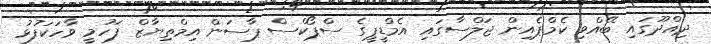
ދިއްދޫގައި ބޭއްވި ކެމްޕެއިން ޖަލްސާގައި އެމްޑީޕީގެ ސްޕޯކްސް ޕާސަން އިމްތިޔާޒް ފަހުމީ ވާހަކަފުޅު